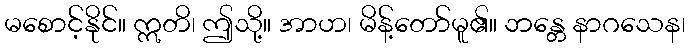
မစောင့်နိုင်။ ဣတိ၊ ဤသို့။ အာဟ၊ မိန့်တော်မူ၏။ ဘန္တေ နာဂသေန၊